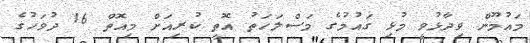
މައުމޫން ވިދާޅުވީ މުޅި ގައުމުގެ މަސްލަހަތު އޮތީ ކުރިއަށް މިއޮތް 16 ދުވަހުގެ